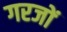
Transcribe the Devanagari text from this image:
गरजों